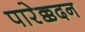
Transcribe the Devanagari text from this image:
पारेक्कदन